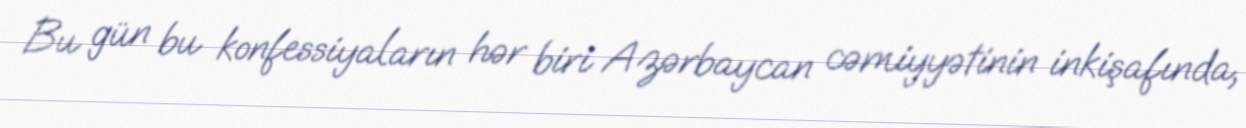
Bu gün bu konfessiyaların hər biri Azərbaycan cəmiyyətinin inkişafında,